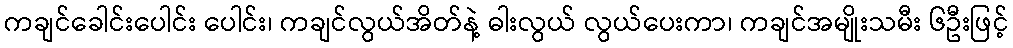
ကချင်ခေါင်းပေါင်း ပေါင်း၊ ကချင်လွယ်အိတ်နဲ့ ဓါးလွယ် လွယ်ပေးကာ၊ ကချင်အမျိုးသမီး ၆ဦးဖြင့်